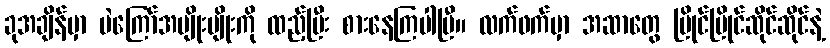
ခုအချိန်မှာ ပဲကြော်အမျိုးမျိုးကို ထည့်ပြီး စားနေကြပါပြီ။ လက်ဖက်မှာ အဆာတွေ မြိုင်မြိုင်ဆိုင်ဆိုင်နဲ့